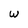
Character: W